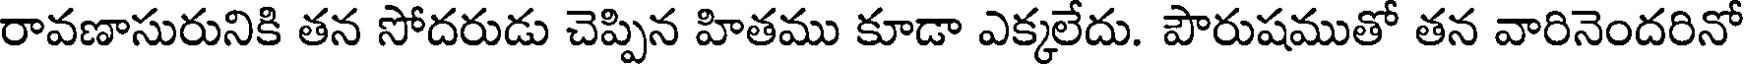
రావణాసురునికి తన సోదరుడు చెప్పిన హితము కూడా ఎక్కలేదు. పౌరుషముతో తన వారినెందరినో